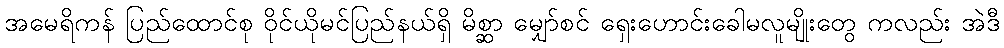
အမေရိကန် ပြည်ထောင်စု ဝိုင်ယိုမင်ပြည်နယ်ရှိ မိစ္ဆာ မျှော်စင် ရှေးဟောင်းခေါမလူမျိုးတွေ ကလည်း အဲဒီ